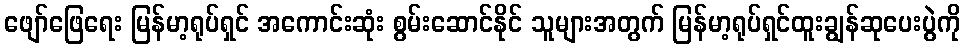
ဖျော်ဖြေရေး မြန်မာ့ရုပ်ရှင် အကောင်းဆုံး စွမ်းဆောင်နိုင် သူများအတွက် မြန်မာ့ရုပ်ရှင်ထူးချွန်ဆုပေးပွဲကို